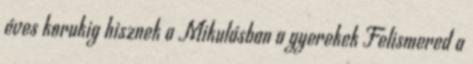
éves korukig hisznek a Mikulásban a gyerekek Felismered a